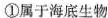
①属于海底生物